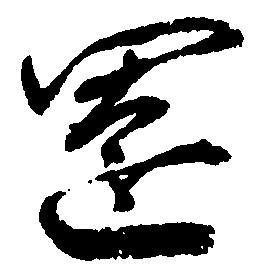
園